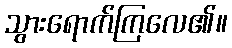
သွားရောက်ကြလေ၏။